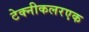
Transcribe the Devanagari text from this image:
टेक्नीकलरएक